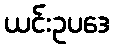
ယင်းဥပဒေ